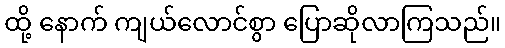
ထို့ နောက် ကျယ်လောင်စွာ ပြောဆိုလာကြသည်။